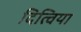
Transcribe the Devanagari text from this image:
दित्विया